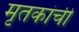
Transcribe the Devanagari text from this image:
मृतकांची